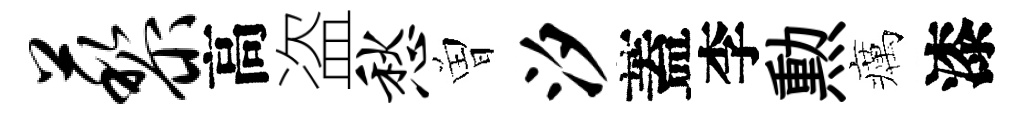
藜高盗愁曽汐蓋李勲癘漆